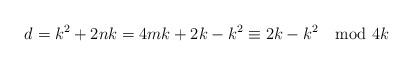
LaTeX: \begin{align*}d=k^2+2nk=4mk+2k-k^2\equiv 2k-k^2 \mod 4k\end{align*}